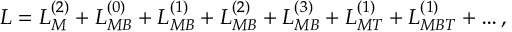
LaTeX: { \cal L } = { \cal L } _ { M } ^ { ( 2 ) } + { \cal L } _ { M B } ^ { ( 0 ) } + { \cal L } _ { M B } ^ { ( 1 ) } + { \cal L } _ { M B } ^ { ( 2 ) } + { \cal L } _ { M B } ^ { ( 3 ) } + { \cal L } _ { M T } ^ { ( 1 ) } + { \cal L } _ { M B T } ^ { ( 1 ) } + \ldots ,